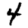
Digit: 4